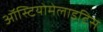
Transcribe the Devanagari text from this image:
ऑस्टियोमेलाइटिस